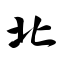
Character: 北